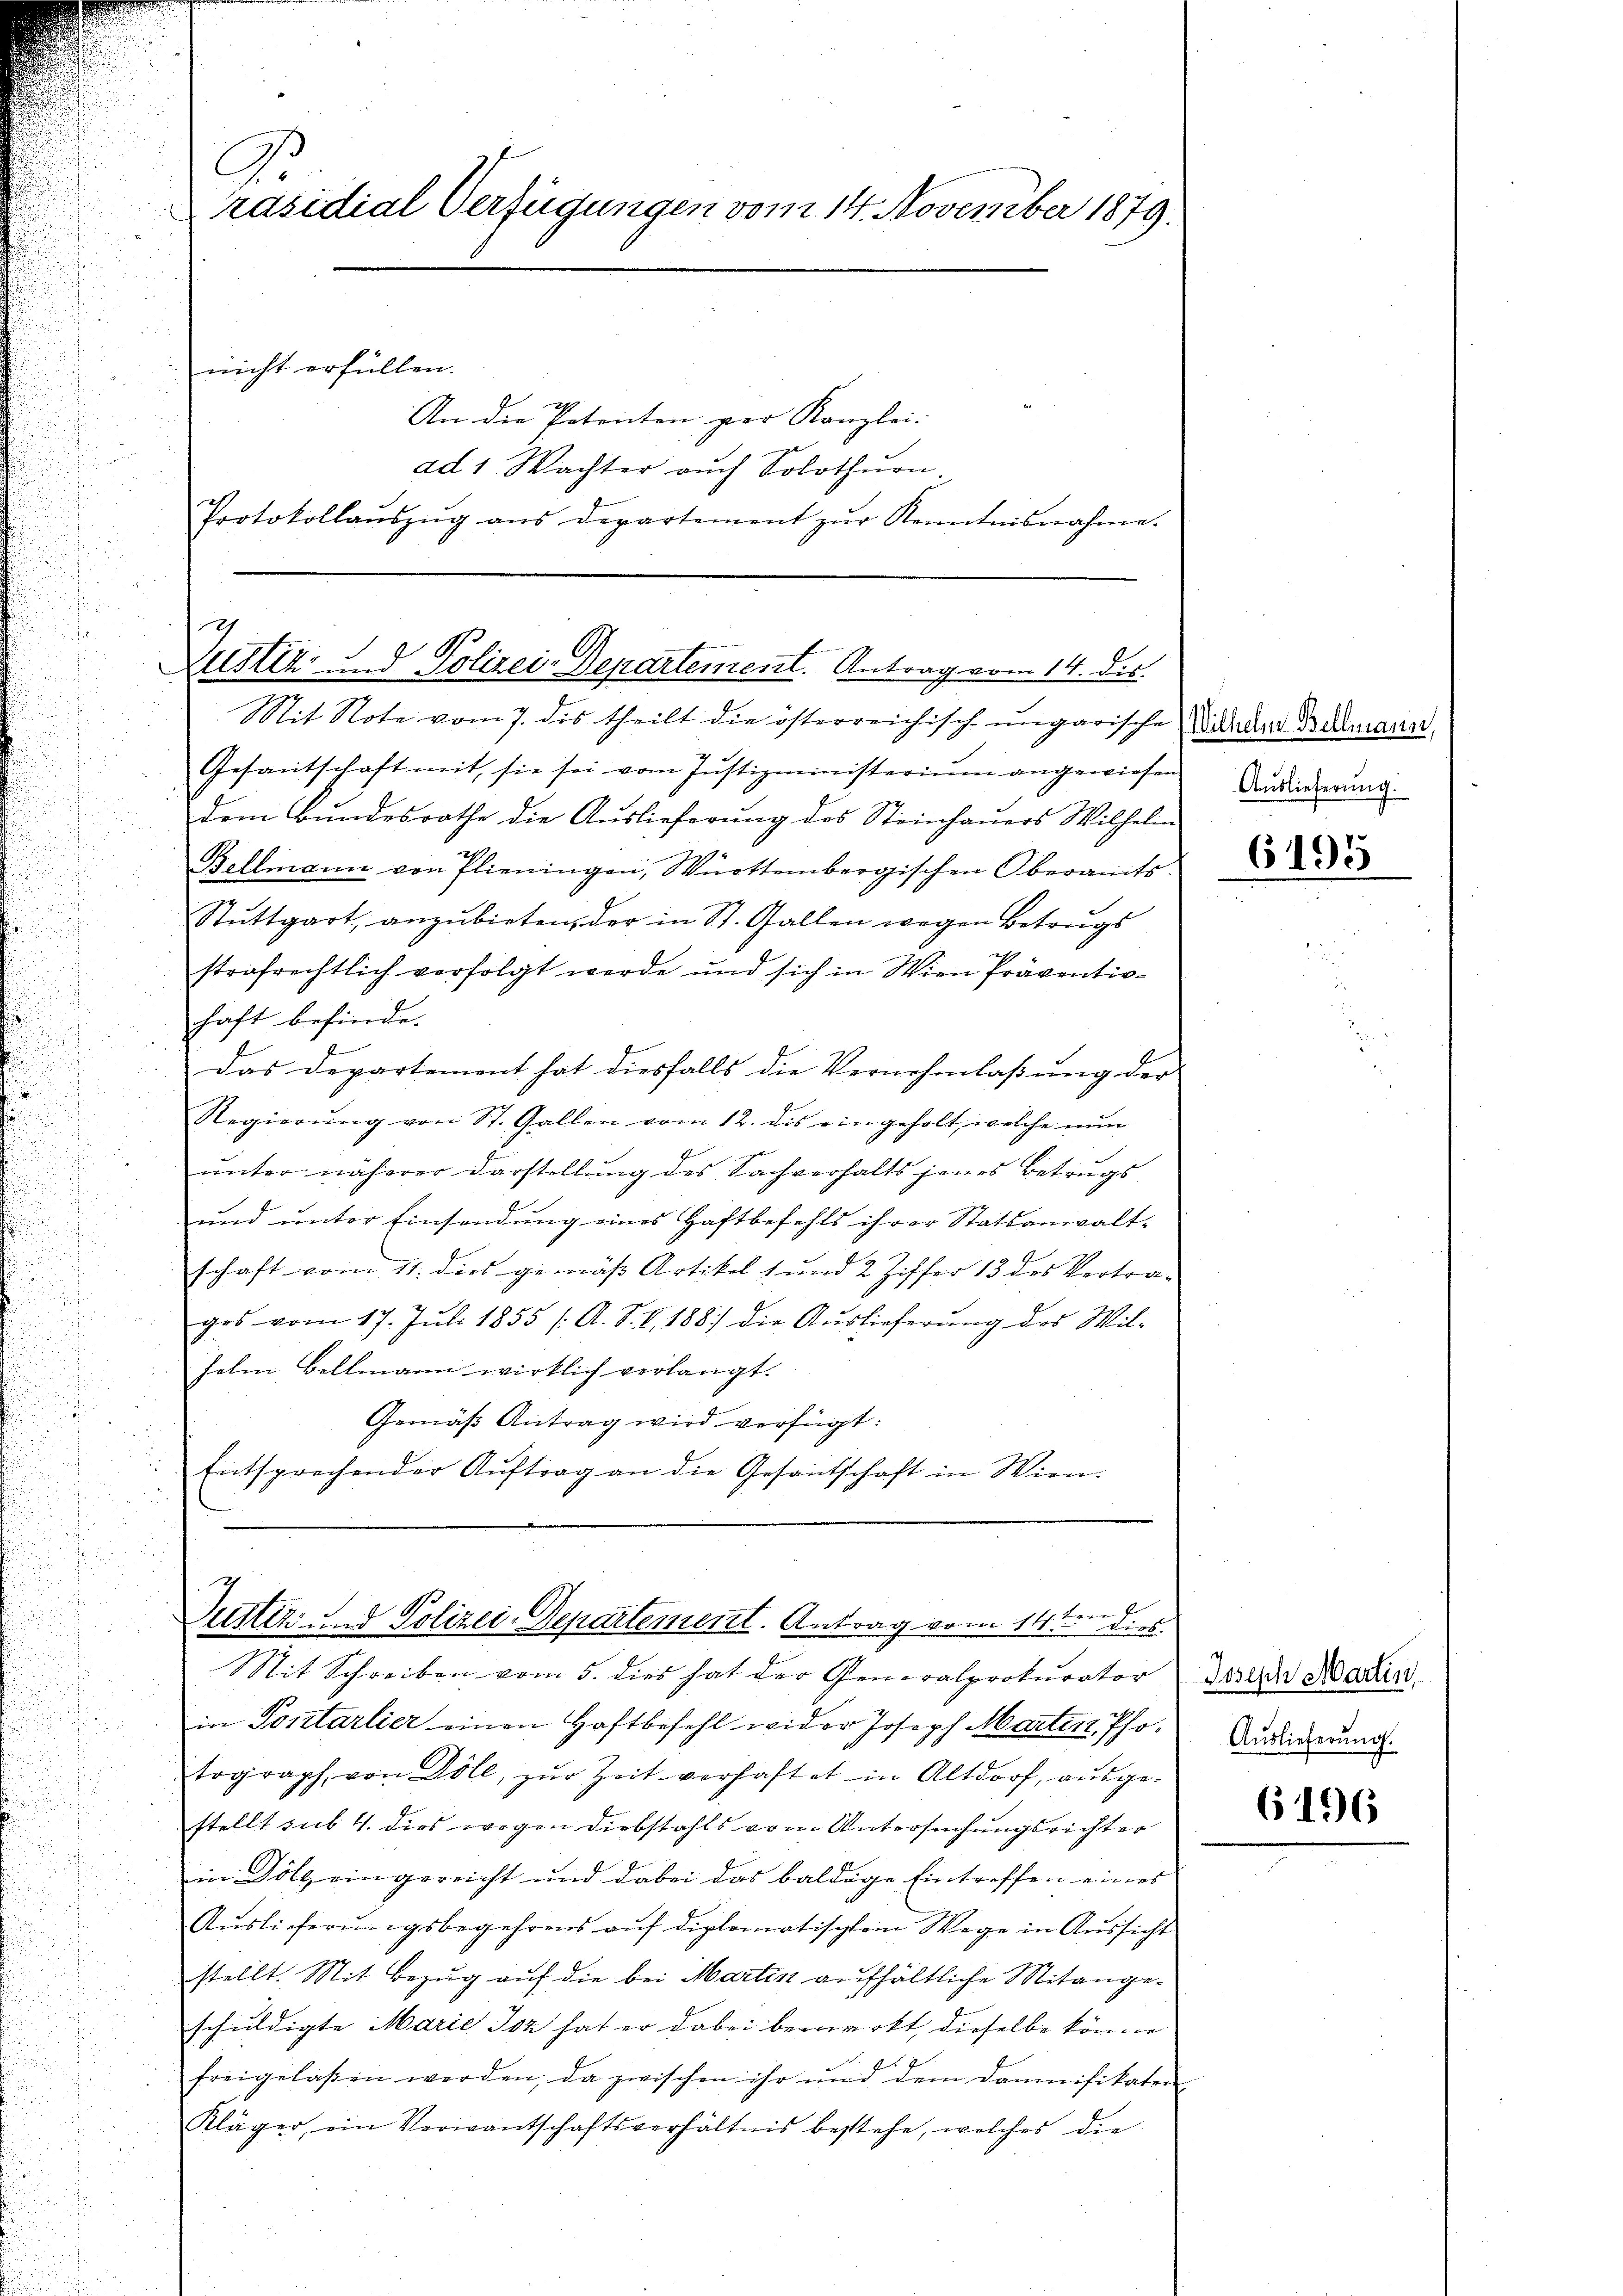
A
Präsidial-Verfügungen vom 14. November 1879.
 nicht erfüllen.
An die Petenten per Kanzlei- |
ad 1. Wachter auch Solothurn,
Protokollaŭszŭg ans Departement zŭr Kenntnisnahme.

h
Zustiz- & Polizei-Departement. Antrag vom 14. des

Mit Note vom 7. des theilt die österreichisch-ungarische Mitard Brokmann,
Gesantschaft mit, sie sei vom Justizministerium angewiesen
dem Bundesrathe die Auslieferung des Steinhauers Wilhelm
Bellmann von Plieningen, Württembergischen Oberamts-
Stuttgart, anzubieten, der in St. Gallen wegen Betrugs
strafrechtlich verfolgt werde und sich in Wien Präventiehaft befinde.
Das Departement hat diesfalls die Vernehmlassung der
Regierŭng von St. Gallen vom 12. dis ein geholt, welche nun
unter näherer Darstellung des Sachverhalts jenes Betrugs
und unter Einsendung eines Haftbefehls ihrer Statsanwalt-
schaft vom 11. dies gemäß Artikel 1 und 2 Ziffer 13 des Vertra-
ges vom 17. Jŭli 1855 /A. S. V. 188) die Aŭslieferŭng des Wil-
helm Bellmann wirklich verlangt.
Gemäß Antrag wird verfügt:
Entsprechender Aŭftrag an die Gesantschaft in Wien.

Gutter Polizei-Departement. Antrag vom 14ten dies
Mit Schreiben vom 5. dies hat der Generalprokurator des der Narr

in Postarlier einen Haftbefehl wider Joseph Mraten Photograph, von Dole, zŭr Zeit verhaftet in Altdorf, aŭsge-
stellt sub. 4. dies wegen Diebstahls vom Untersuchungsrichter
in Döll eingereicht und dabei das baldige Eintreffen eines
Auslieferungsbegehrens auf diplomatischem Wege in Aussicht
stellt. Mit Bezug auf die bei Martin aufhältliche Mitangeschuldigte Marie Ioz hat er dabei bemerkt, dieselbe könne
7
freigelaßen werden, da zwischen ihr und dem Damnifikaten
Kläger, ein Verwantschaftsverhältnis bestehe, welches die

Auslieferung.

6495

Auslieferung.

6196